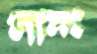
লানং